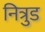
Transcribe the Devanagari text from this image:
नित्रुड